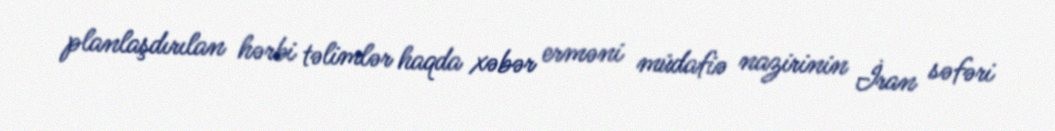
planlaşdırılan hərbi təlimlər haqda xəbər erməni müdafiə nazirinin İran səfəri